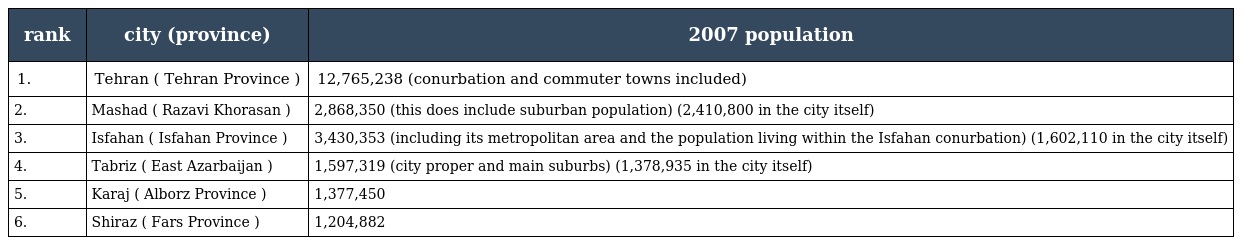
| rank | city (province) | 2007 population |
 | --- | --- | --- |
 | 1. | Tehran ( Tehran Province ) | 12,765,238 (conurbation and commuter towns included) |
 | 2. | Mashad ( Razavi Khorasan ) | 2,868,350 (this does include suburban population) (2,410,800 in the city itself) |
 | 3. | Isfahan ( Isfahan Province ) | 3,430,353 (including its metropolitan area and the population living within the Isfahan conurbation) (1,602,110 in the city itself) |
 | 4. | Tabriz ( East Azarbaijan ) | 1,597,319 (city proper and main suburbs) (1,378,935 in the city itself) |
 | 5. | Karaj ( Alborz Province ) | 1,377,450 |
 | 6. | Shiraz ( Fars Province ) | 1,204,882 |